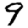
Digit: 9